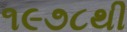
૧૯૭૮થી